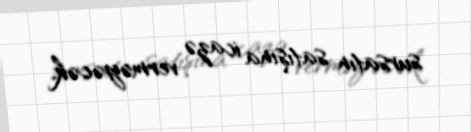
sursatın satışına icazə verməyəcək.